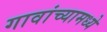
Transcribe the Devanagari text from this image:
गावांच्यामध्ये